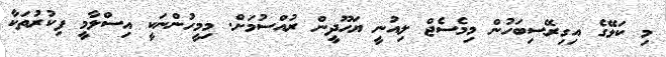
މި ކަލޭގެ އިގިރޭސިބަހުން މިމެސެޖް ލިއުނީ ޔަހޫދީން ރުއްސުމަށް. މިމީހުންނަކީ އިސްލާމީ ފިކުރުތަކާ